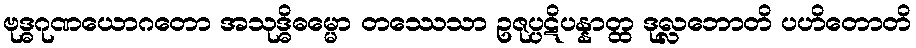
ဗုဒ္ဓဂုဏယောဂတော အသုဒ္ဓိဓမ္မော တဿေသာ ဥဇုပ္ပဋိပန္နာတ္ထ ဒုလ္လဘောတိ ပဟိတောတိ